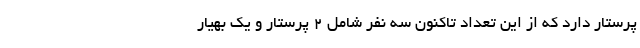
پرستار دارد که از این تعداد تاکنون سه نفر شامل ۲ پرستار و یک بهیار